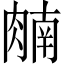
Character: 𬛈